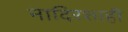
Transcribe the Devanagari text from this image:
नादिरशाही